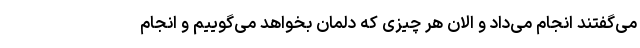
می‌گفتند انجام می‌داد و الان هر چیزی که دلمان بخواهد می‌گوییم و انجام